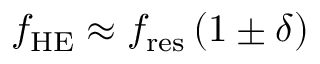
f _ { \mathrm { H E } } \approx f _ { \mathrm { r e s } } \left( 1 \pm \delta \right)